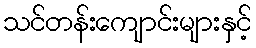
သင်တန်းကျောင်းများနှင့်